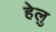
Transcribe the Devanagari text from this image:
हेलु